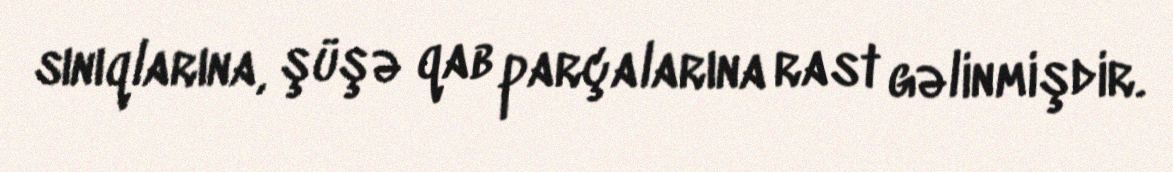
sınıqlarına, şüşə qab parçalarına rast gəlinmişdir.